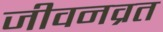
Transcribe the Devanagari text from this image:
जीवनव्रत